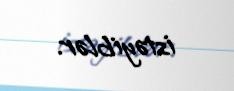
istəyiblər.